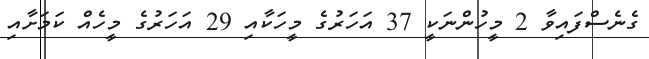
ގެނެސްފައިވާ 2 މީހުންނަކީ 37 އަހަރުގެ މީހަކާއި 29 އަހަރުގެ މީހެއް ކަމަށާއި